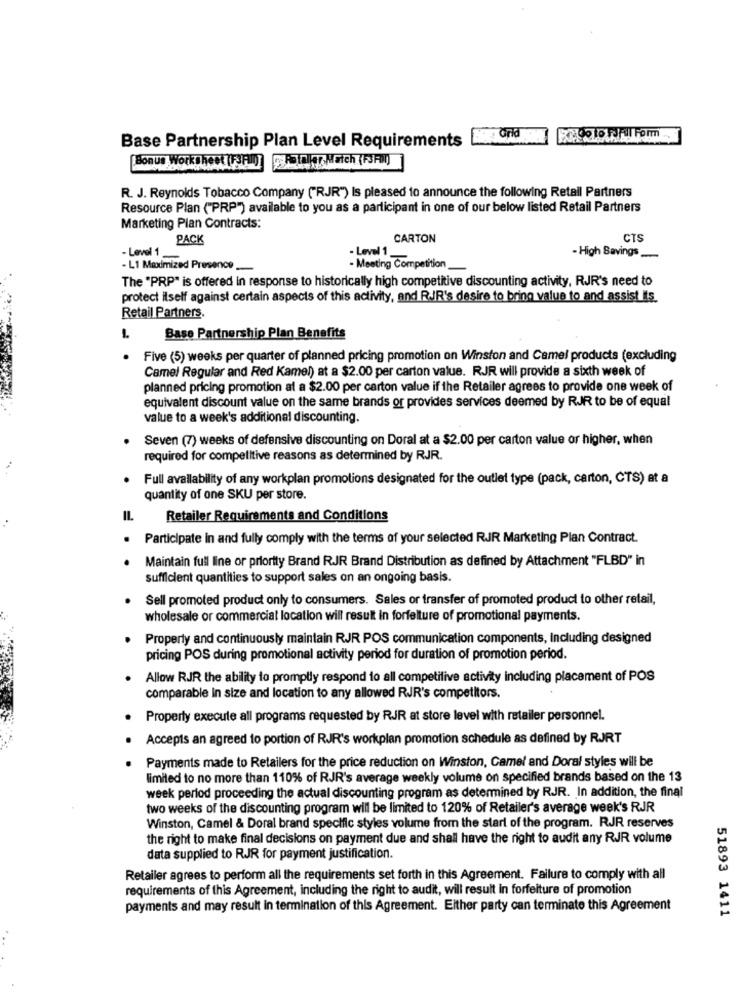
Base Partnership Plan Level Requirements
Bonus Worksheet (F3F0]
R. J. Reynolds Tobacco Company ("RJR") Is pleased to announce the following Retail Partners
Resource Plan ("PRP") available to you as a participant in one of our below listed Retail Partners
Marketing Plan Contracts:
PACK
CARTON
CTS
- Level 1_
- Level 1_
1-
- High Savings
- L1 Maximized Presence __
- Meeting Competition_
The "PRP" is offered in response to historically high competitive discounting activity, RJR's need to
protect ilself against certain aspects of this activity, and RJR's desire to bring value to and assist Its.
Retail Partners.
Base Partnership Plan Benefits
Five (5) weeks per quarter of planned pricing promotion on Winston and Camel products (excluding
Camel Regular and Red Kamel) at a $2.00 per carton value. RJR will provide a sixth week of
planned pricing promotion at a $2.00 per carton value if the Retailer agrees to provide one week of
equivalent discount value on the same brands or provides services deemed by RJR to be of equal
value to a week's additional discounting.
Seven (7) weeks of defensive discounting on Doral at a $2.00 per carton value or higher, when
required for competitive reasons as determined by RJR.
. Full availability of any workplan promotions designated for the outlet type (pack, carton, CTS) at a
quantity of one SKU per store.
Retailer Requirements and Conditions
Participate in and fully comply with the terms of your selected RJR Marketing Plan Contract.
Maintain full line or priority Brand RJR Brand Distribution as defined by Attachment "FLBD" in
sufficient quantities to support sales on an ongoing basis.
Sell promoted product only to consumers. Sales or transfer of promoted product to other retail,
wholesale or commercial location will result in forfelture of promotional payments.
Property and continuously maintain RJR POS communication components, Including designed
pricing POS during promotional activity period for duration of promotion period.
Allow RJR the ability to promptly respond to all competitive activity including placement of POS
comparable in size and location to any allowed RJR's competitors.
Property execute all programs requested by RJR at store level with retailer personnel.
. Accepts an agreed to portion of RJR's workplan promotion schedule as defined by RJRT
Payments made to Retailers for the price reduction on Winston, Camel and Doral styles will be
limited to no more than 110% of RJR's average weekly volume on specified brands based on the 13
week period proceeding the actual discounting program as determined by RJR. In addition, the final
two weeks of the discounting program will be limited to 120% of Retailer's average week's RJR
Winston, Camel & Doral brand specific styles volume from the start of the program. RJR reserves
the right to make final decisions on payment due and shall have the right to audit any RJR volume
data supplied to RJR for payment justification.
Retailer agrees to perform all the requirements set forth in this Agreement. Failure to comply with all
requirements of this Agreement, including the right to audit, will result In forfeiture of promotion
payments and may result in termination of this Agreement. Either party can terminate this Agreement
51893 1411